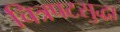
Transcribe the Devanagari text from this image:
चित्रपटसुद्धा